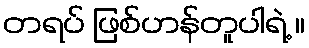
တရပ် ဖြစ်ဟန်တူပါရဲ့ ။